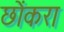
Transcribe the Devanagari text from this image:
छोंकरा